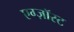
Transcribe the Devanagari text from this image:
एग्ज़ॉस्ट